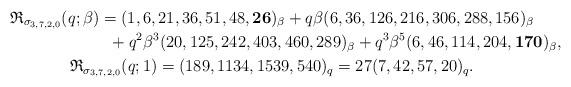
LaTeX: \begin{gather*}\mathfrak{R}_{\sigma_{3,7,2,0}}(q;\beta)=(1,6,21,36,51,48,{\bf 26})_{\beta} + q\beta (6,36,126,216,306,288,156)_{\beta}\\\hphantom{\mathfrak{R}_{\sigma_{3,7,2,0}}(q;\beta)=}{}+ q^2 \beta^3 (20,125,242,403,460,289)_{\beta} + q^3 \beta^5 (6,46,114,204,{\bf 170})_{\beta},\\\mathfrak{R}_{\sigma_{3,7,2,0}}(q;1) = (189,1134,1539,540)_{q}=27 (7,42,57,20)_{q}.\end{gather*}